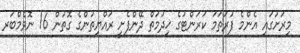
މިރަށުގައި އެންމެ ފުރަތަމަ ކަރަންޓުގެ ޚިދުމަތް ދޭންފެށީ ރައްޔިތުންގެ ގޮތުން 16 ނޮވެމްބަރ